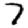
Digit: 7